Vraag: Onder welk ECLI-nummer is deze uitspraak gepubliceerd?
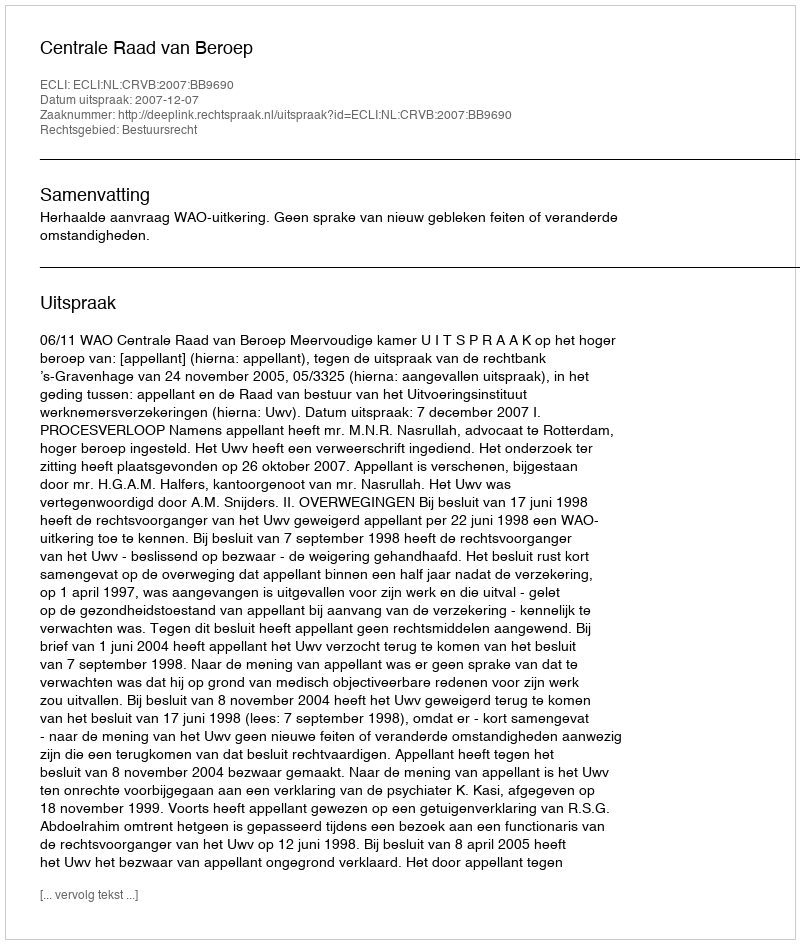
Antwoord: ECLI:NL:CRVB:2007:BB9690